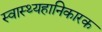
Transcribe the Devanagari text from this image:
स्वास्थ्यहानिकारक